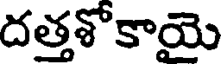
దత్తశోకాయె